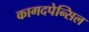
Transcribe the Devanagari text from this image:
कागदपेन्सिल